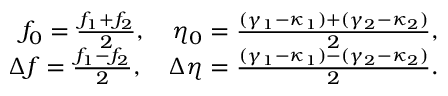
\begin{array} { r } { f _ { 0 } = \frac { f _ { 1 } + f _ { 2 } } { 2 } , \quad \eta _ { 0 } = \frac { ( \gamma _ { 1 } - \kappa _ { 1 } ) + ( \gamma _ { 2 } - \kappa _ { 2 } ) } { 2 } , } \\ { \Delta f = \frac { f _ { 1 } - f _ { 2 } } { 2 } , \quad \Delta \eta = \frac { ( \gamma _ { 1 } - \kappa _ { 1 } ) - ( \gamma _ { 2 } - \kappa _ { 2 } ) } { 2 } . } \end{array}